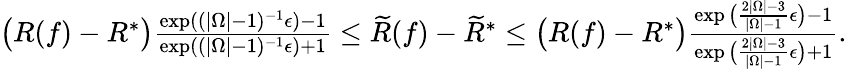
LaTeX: \begin{array}{r}{\big(R(f)-R^{*}\big)\frac{\exp((|\Omega|-1)^{-1}\epsilon)-1}{\exp((|\Omega|-1)^{-1}\epsilon)+1}\leq\widetilde{R}(f)-\widetilde{R}^{*}\leq\big(R(f)-R^{*}\big)\frac{\exp\big(\frac{2|\Omega|-3}{|\Omega|-1}\epsilon\big)-1}{\exp\big(\frac{2|\Omega|-3}{|\Omega|-1}\epsilon\big)+1}.}\end{array}